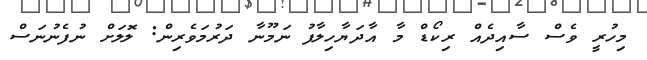
މިހުރީ ވެސް ސާއިދެއް ރިކޯޑް މާ އާދަޔާހިލާފު ނަމޫނާ ދަރުމަވެރިން: ލޮލަށް ނުފެނުނަސް